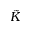
\tilde { K }